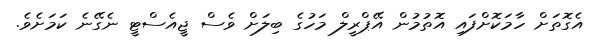
އެގޮތަށް ހާމަކޮށްފައި އޮތުމުން އޭޕްރީލް މަހުގެ ބިލަށް ވެސް ޖީއެސްޓީ ނެގޭނެ ކަމަށެވެ.